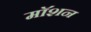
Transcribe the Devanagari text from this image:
माॅशन